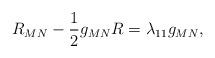
LaTeX: \begin{align*}R_{MN}-\frac{1}{2}g_{MN}R=\lambda_{11} g_{MN},\end{align*}